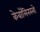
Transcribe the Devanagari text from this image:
केबॉलिनस्लो